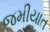
જમીયાત